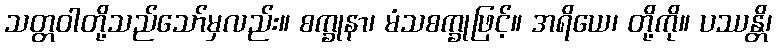
သတ္တဝါတို့သည်သော်မှလည်း။ စက္ခုနာ၊ မံသစက္ခုဖြင့်။ အရိယေ၊ တို့ကို။ ပဿန္တိ၊